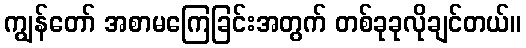
ကျွန်တော် အစာမကြေခြင်းအတွက် တစ်ခုခုလိုချင်တယ်။